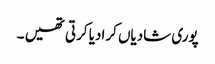
پوری شادیاں کرادیا کرتی تھیں ۔